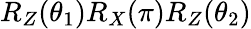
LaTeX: R_{Z}(\theta_{1})R_{X}(\pi)R_{Z}(\theta_{2})